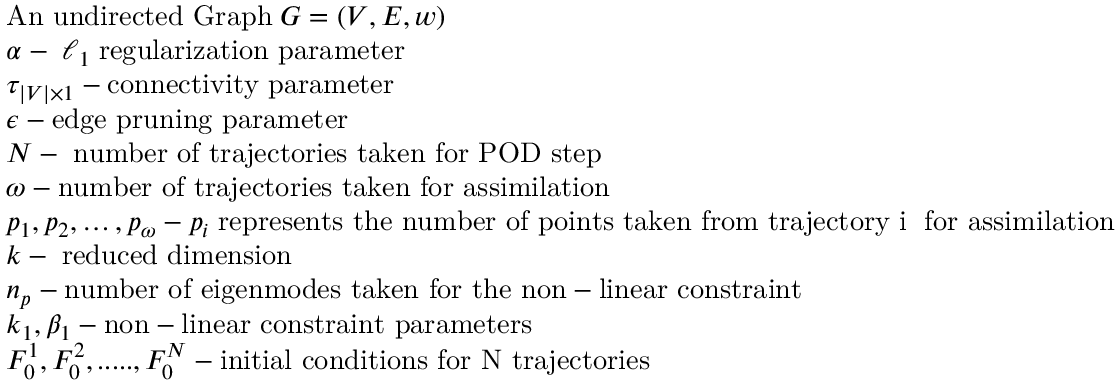
\begin{array} { r l } & { \mathrm { A n ~ u n d i r e c t e d ~ G r a p h \; } G = ( V , E , w ) } \\ & { \alpha - \; \ell _ { 1 } \; \mathrm { r e g u l a r i z a t i o n ~ p a r a m e t e r } } \\ & { \tau _ { \vert V \vert \times 1 } - \mathrm { c o n n e c t i v i t y ~ p a r a m e t e r } } \\ & { \epsilon - \mathrm { e d g e ~ p r u n i n g ~ p a r a m e t e r } } \\ & { N - \mathrm { \; n u m b e r ~ o f ~ t r a j e c t o r i e s ~ t a k e n ~ f o r ~ P O D ~ s t e p } } \\ & { \omega - \mathrm { n u m b e r ~ o f ~ t r a j e c t o r i e s ~ t a k e n ~ f o r ~ a s s i m i l a t i o n } } \\ & { p _ { 1 } , p _ { 2 } , \dotsc , p _ { \omega } - p _ { i } \mathrm { \; r e p r e s e n t s ~ t h e ~ n u m b e r ~ o f ~ p o i n t s ~ t a k e n ~ f r o m ~ t r a j e c t o r y ~ i ~ \; } \mathrm { f o r ~ a s s i m i l a t i o n } } \\ & { k - \mathrm { \; r e d u c e d ~ d i m e n s i o n } } \\ & { n _ { p } - \mathrm { n u m b e r ~ o f ~ e i g e n m o d e s ~ t a k e n ~ f o r ~ t h e ~ n o n - l i n e a r ~ c o n s t r a i n t } } \\ & { k _ { 1 } , \beta _ { 1 } - \mathrm { n o n - l i n e a r ~ c o n s t r a i n t ~ p a r a m e t e r s } } \\ & { F _ { 0 } ^ { 1 } , F _ { 0 } ^ { 2 } , . . . . . , F _ { 0 } ^ { N } - \mathrm { i n i t i a l ~ c o n d i t i o n s ~ f o r ~ N ~ t r a j e c t o r i e s } } \end{array}